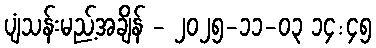
ပျံသန်းမည့်အချိန် - ၂၀၂၅-၁၁-၀၃ ၁၄:၄၅